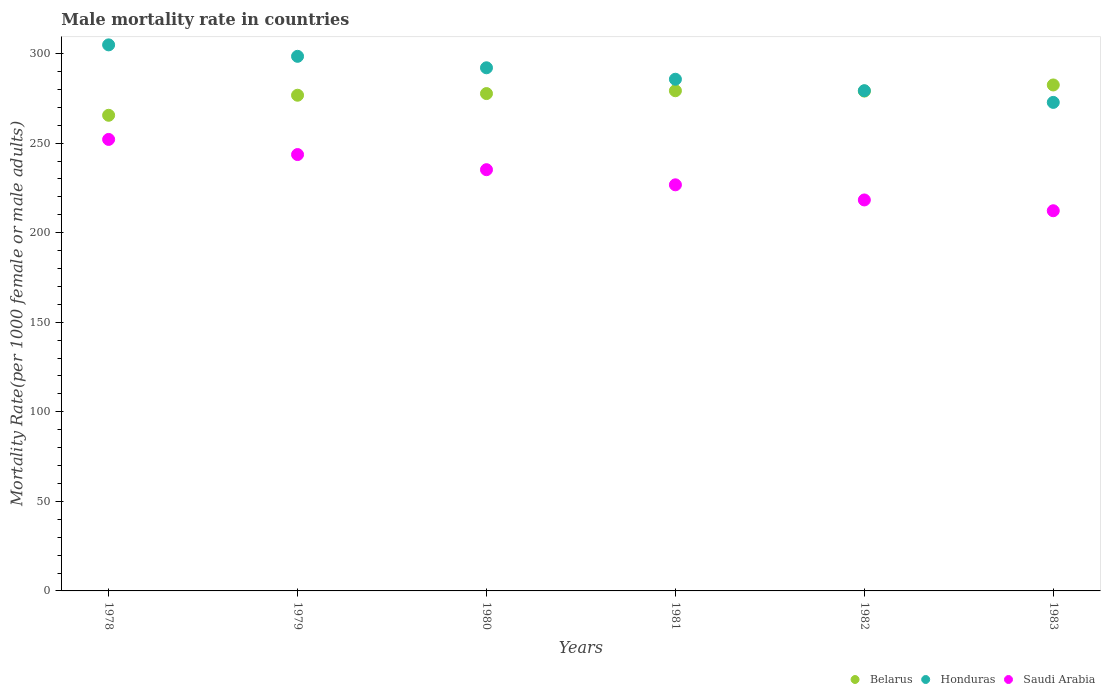
| Years | Belarus | Honduras | Saudi Arabia |
 | --- | --- | --- | --- |
 | 1978 | 266 | 305 | 252 |
 | 1979 | 277 | 298 | 244 |
 | 1980 | 278 | 292 | 235 |
 | 1981 | 279 | 286 | 227 |
 | 1982 | 279 | 279 | 218 |
 | 1983 | 282 | 273 | 212 |